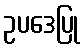
ဥပဒေပြု